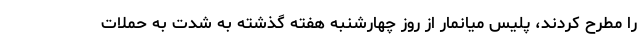
را مطرح کردند، پلیس میانمار از روز چهارشنبه هفته گذشته به شدت به حملات